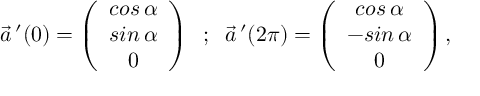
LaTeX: \vec { a } \, ^ { \prime } ( 0 ) = \left( \begin{array} { c } { { c o s \, \alpha } } \\ { { s i n \, \alpha } } \\ { { 0 } } \end{array} \right) \; \; ; \; \; \vec { a } \, ^ { \prime } ( 2 \pi ) = \left( \begin{array} { c } { { c o s \, \alpha } } \\ { { - s i n \, \alpha } } \\ { { 0 } } \end{array} \right) ,